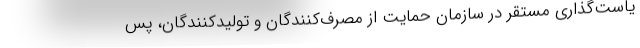
یاست‌گذاری مستقر در سازمان حمایت از مصرف‌کنندگان و تولیدکنندگان، پس